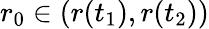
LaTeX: r_{0}\in(r(t_{1}),r(t_{2}))